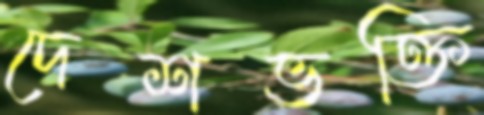
দেশভক্তি